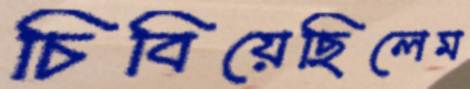
চিবিয়েছিলেম